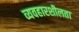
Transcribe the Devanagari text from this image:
व्यवहारशीलता